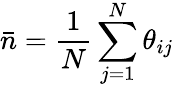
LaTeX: \bar{n}=\frac{1}{N}\sum_{j=1}^{N}\theta_{ij}